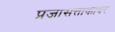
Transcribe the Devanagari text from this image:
प्रजासत्ताकावर